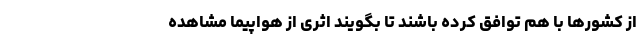
از کشورها با هم توافق کرده باشند تا بگویند اثری از هواپیما مشاهده